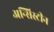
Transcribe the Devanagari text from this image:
अन्सिस्टीन